Report on the Nagpur School of Medicine, Central Provinces
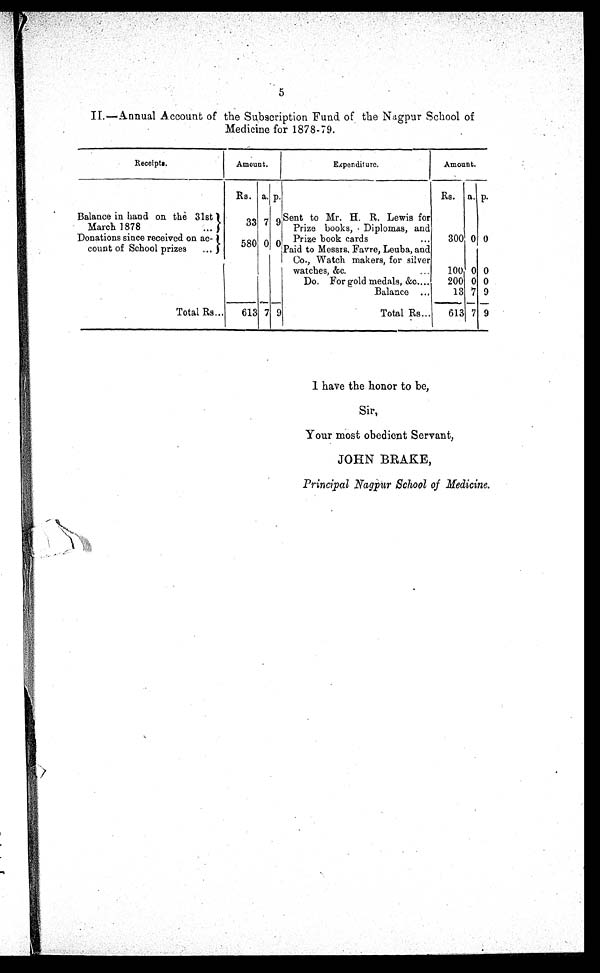
5
II.—Annual Account of the Subscription Fund of the Nagpur School of
Medicine for 1878-79.
R e c e i p t s .
Amount.
Expenditure.
Amount.
Rs. a. p.
Rs. a. p.
Balance in hand on the 31st
March 1878
. . .
Sent to Mr. H. R. Lewis for
Prize books, Diplomas, and
Donations since received on ac-
count of School prizes
. . .
580 0 0 Prize book cards
...
300 0 0
Paid to Messrs. Favre, Leuba, and
Co., Watch makers, for silver
watches, &c.
...
100 0 0
Do. For gold medals, &c.....
200 0 0
Balance ...
13
--
7
—
9
_
Total Rs...
613 7 9
Total Rs...
613 7 9
Sir,
Your most obedient Servant,
JOHN BRAKE,
Principal Nagpur School of Medicine.